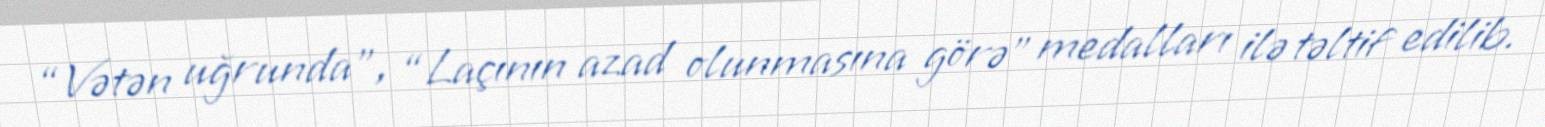
“Vətən uğrunda”, “Laçının azad olunmasına görə” medalları ilə təltif edilib.